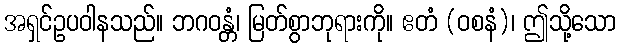
အရှင်ဥပဝါနသည်။ ဘဂဝန္တံ၊ မြတ်စွာဘုရားကို။ ဧတံ (ဝစနံ)၊ ဤသို့သော